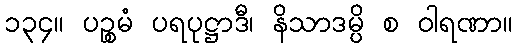
၁၃၄။ ပဉ္စမံ ပရပုဋ္ဌာဒီ၊ နိသာဒမ္ပိ စ ဝါရဏာ။